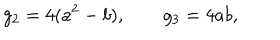
g _ { 2 } = 4 ( a ^ { 2 } - b ) , \qquad g _ { 3 } = 4 a b ,